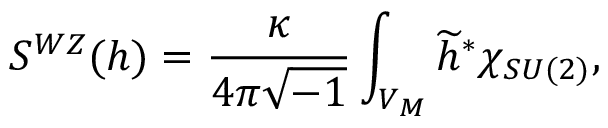
S ^ { W Z } ( h ) = \frac { \kappa } { 4 \pi \sqrt { - 1 } } \int _ { V _ { M } } \widetilde { h } ^ { \ast } \chi _ { S U ( 2 ) } ,